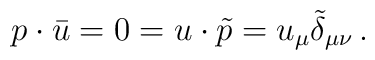
p \cdot \bar{u} = 0 = u \cdot \tilde{p} = u_{\mu} \tilde{\delta}_{\mu \nu}\,.